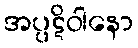
အပ္ပဋိဝါနော